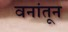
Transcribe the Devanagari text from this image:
वनांतून